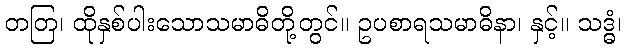
တတြ၊ ထိုနှစ်ပါးသောသမာဓိတို့တွင်။ ဥပစာရသမာဓိနာ၊ နှင့်။ သဒ္ဓံ၊